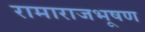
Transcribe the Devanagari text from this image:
रामाराजभूषण